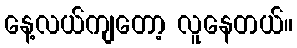
နေ့လယ်ကျတော့ လူနေတယ်။